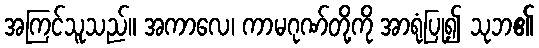
အကြင်သူသည်။ အကာလေ၊ ကာမဂုဏ်တို့ကို အာရုံပြု၍ သုဘ၏